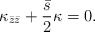
\begin{align*} \kappa_{\bar{z}\bar{z}}+ \frac{\bar{s}}{2} \kappa=0.\end{align*}